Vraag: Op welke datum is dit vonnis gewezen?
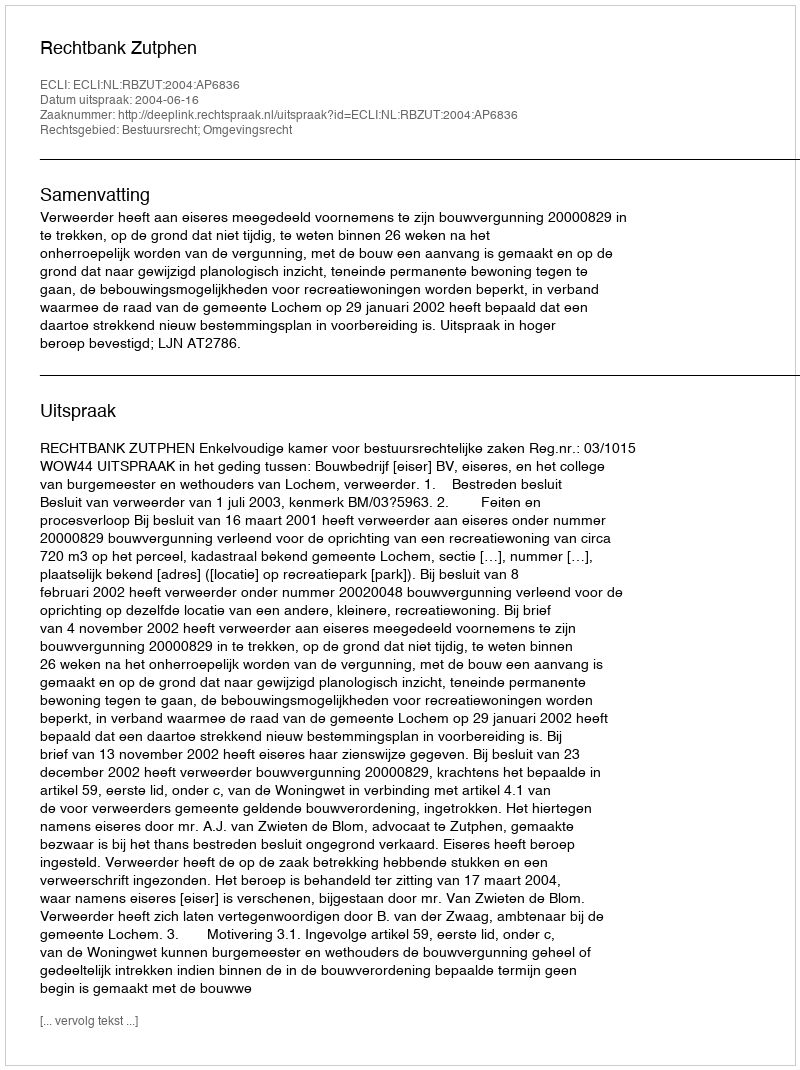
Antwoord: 2004-06-16